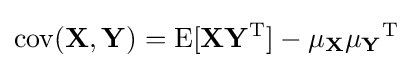
\operatorname {cov} (\mathbf {X} ,\mathbf {Y} )=\operatorname {E} [\mathbf {X} \mathbf {Y} ^{\rm {T}}]-\mathbf {\mu _{X}} \mathbf {\mu _{Y}} ^{\rm {T}}